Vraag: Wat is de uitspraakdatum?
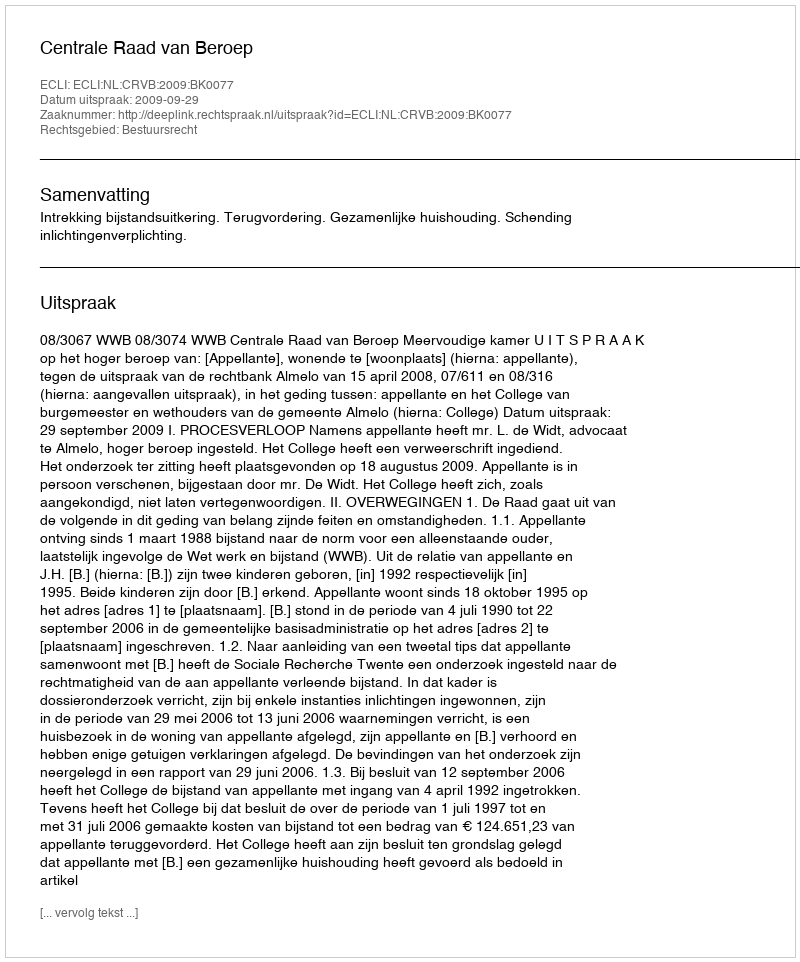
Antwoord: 2009-09-29